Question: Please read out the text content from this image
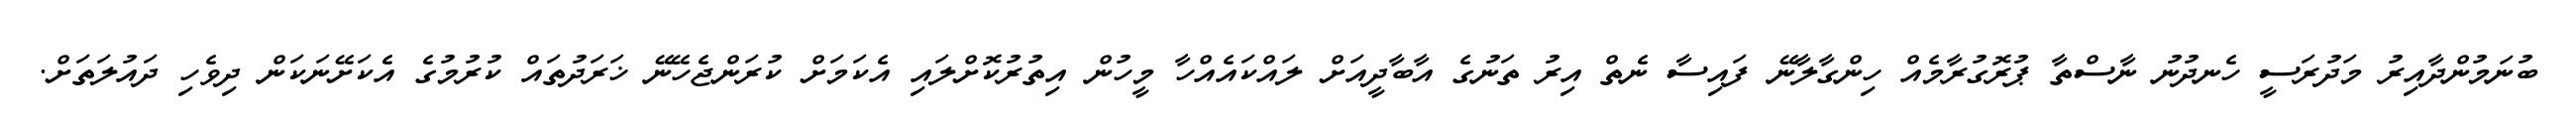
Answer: ބުނަމުންދާއިރު މަދުރަސީ ހެނދުނު ނާސްތާ ޕުރޮގުރާމެއް ހިންގާލާނޭ ފައިސާ ނެތް އިރު ތަނުގެ އާބާދީއަށް ލައްކައެއްހާ މީހުން އިތުރުކޮށްލައި އެކަމަށް ކުރަންޖެހޭނޭ ޚަރަދުތައް ކުރުމުގެ އެކަށޭނަކަން ދިވެހި ދައުލަތަށް.